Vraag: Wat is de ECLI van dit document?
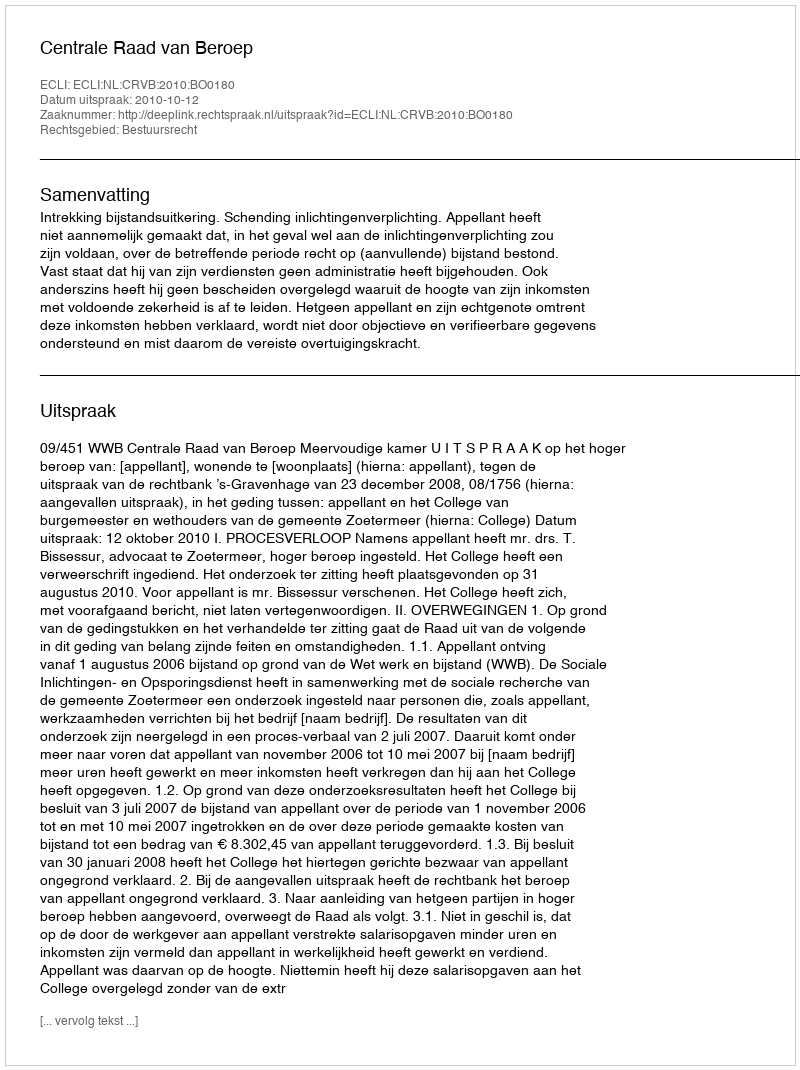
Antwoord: ECLI:NL:CRVB:2010:BO0180